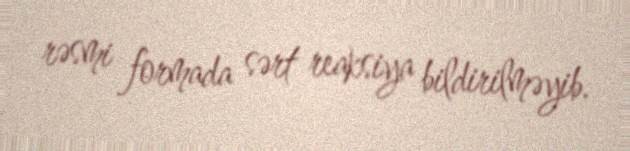
rəsmi formada sərt reaksiya bildirilməyib.